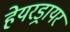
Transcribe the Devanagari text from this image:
हेयरड्रायर